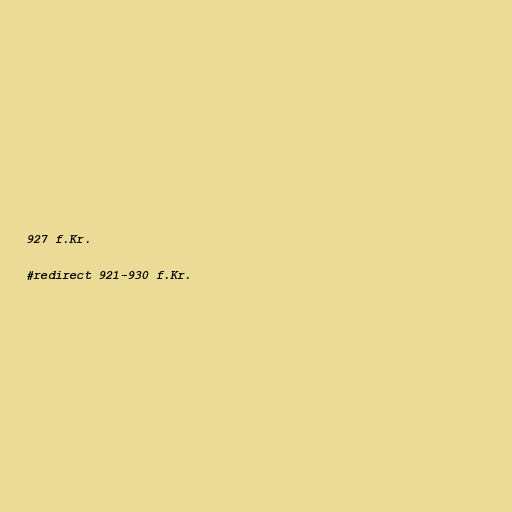
927 f.Kr.

#redirect 921-930 f.Kr.